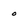
Character: o